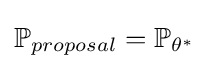
\mathbb {P} _{proposal}=\mathbb {P} _{\theta ^{*}}